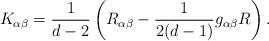
LaTeX: \begin{align*}K_{\alpha \beta} = \frac{1}{d-2} \, \bigg( R_{\alpha \beta} -\frac{1}{2(d-1)} g_{\alpha \beta} R \bigg) \, .\end{align*}